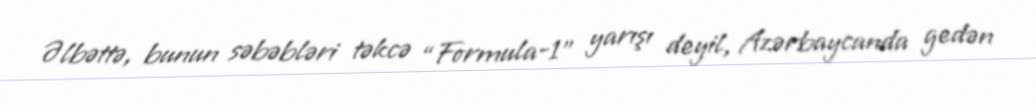
Əlbəttə, bunun səbəbləri təkcə “Formula-1” yarışı deyil, Azərbaycanda gedən